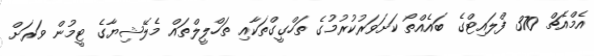
އެމްއެޗް 370 ފްލައިޓްގެ ބައެއްތޯ ކަށަވަރުކުރުމުގެ ތަހްގީގްތަކާއި ތަހްލީލްތައް މެލޭޝިޔާގެ ޓީމުން ވަރަށް